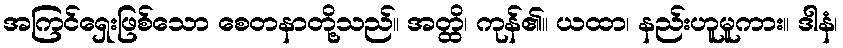
အကြင်ရှေးဖြစ်သော စေတနာတို့သည်။ အတ္ထိ၊ ကုန်၏။ ယထာ၊ နည်းဟူမူကား။ ဒါနံ၊